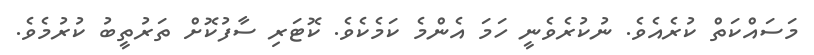
މަސައްކަތް ކުރެއެވެ. ނުކުރެވެނީ ހަމަ އެންމެ ކަމެކެވެ. ކޮޓަރި ސާފުކޮށް ތަރުތީބު ކުރުމެވެ.